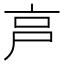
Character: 𡱀